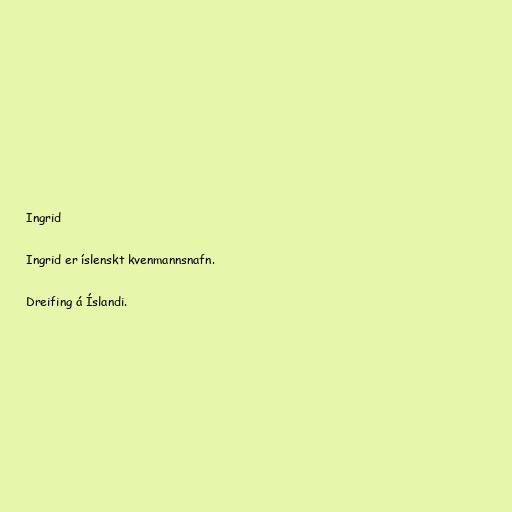
Ingrid

Ingrid er íslenskt kvenmannsnafn.

Dreifing á Íslandi.